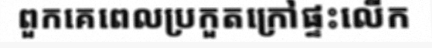
ពួកគេពេលប្រកួតក្រៅផ្ទះលើក